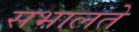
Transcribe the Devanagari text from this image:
सभालते